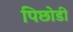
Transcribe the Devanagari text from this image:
पिछोडी